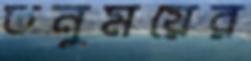
তনুময়ের